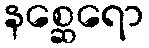
နစ္ဆေရော